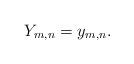
LaTeX: \begin{align*}Y_{m,n}=y_{m,n}.\end{align*}